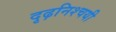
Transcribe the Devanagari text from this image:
दृढ़निश्‍चयी